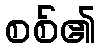
စစ်၏